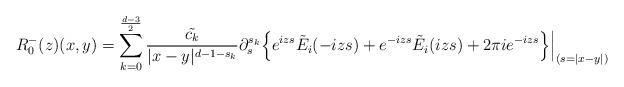
LaTeX: \begin{align*} R^{-}_0(z) (x,y) = \sum_{k=0}^{\frac{d-3}{2}} \frac{\tilde{c_k}}{ |x-y|^{d-1-s_k}} \partial_s^{s_k} \Big\{ e^{izs} \tilde{E}_i( -izs)+e^{-izs} \tilde{E}_i ( izs) + 2 \pi i e^{-iz s} \Big\}\Big|_{(s=|x-y|)} \end{align*}